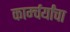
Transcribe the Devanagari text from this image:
कार्म्चर्यांचा